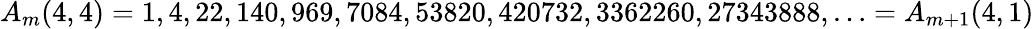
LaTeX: A_{m}(4,4)=1,4,22,140,969,7084,53820,420732,3362260,27343888,\ldots=A_{m+1}(4,1)